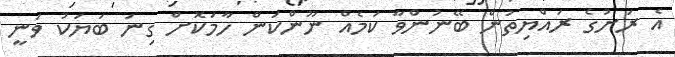
އެ ރަށުގެ ރައްޔިތުން ބޭނުންވާ ކަމެއް ނޫންކަން ހާމަކޮށް ގިނަ ބަޔަކު ވަނީ